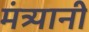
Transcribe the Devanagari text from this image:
मंत्र्यानी